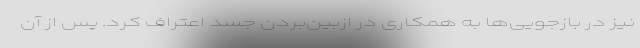
نیز در بازجویی‌ها به همکاری در ازبین‌بردن جسد اعتراف کرد. پس از آن